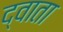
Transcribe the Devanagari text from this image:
द्वाता